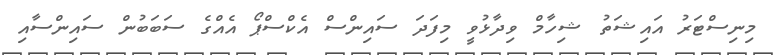
މިނިސްޓަރު އައިޝަތު ޝިހާމް ވިދާޅުވީ މިފަދަ ސައިންސް އެކްސްޕޯ އެއްގެ ސަބަބުން ސައިންސާއި